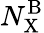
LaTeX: N_{\mathrm{X}}^{\mathrm{B}}